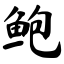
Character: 鲍